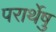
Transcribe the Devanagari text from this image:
परार्थेषु